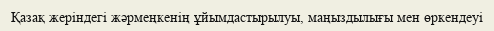
Қазақ жеріндегі жәрмеңкенің ұйымдастырылуы, маңыздылығы мен өркендеуі